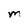
Character: M